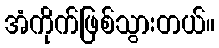
အံကိုက်ဖြစ်သွားတယ်။